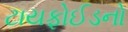
ટાયફોઈડનો